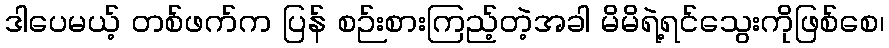
ဒါပေမယ့် တစ်ဖက်က ပြန် စဉ်းစားကြည့်တဲ့အခါ မိမိရဲ့ရင်သွေးကိုဖြစ်စေ၊